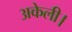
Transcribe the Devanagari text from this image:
अकेली।